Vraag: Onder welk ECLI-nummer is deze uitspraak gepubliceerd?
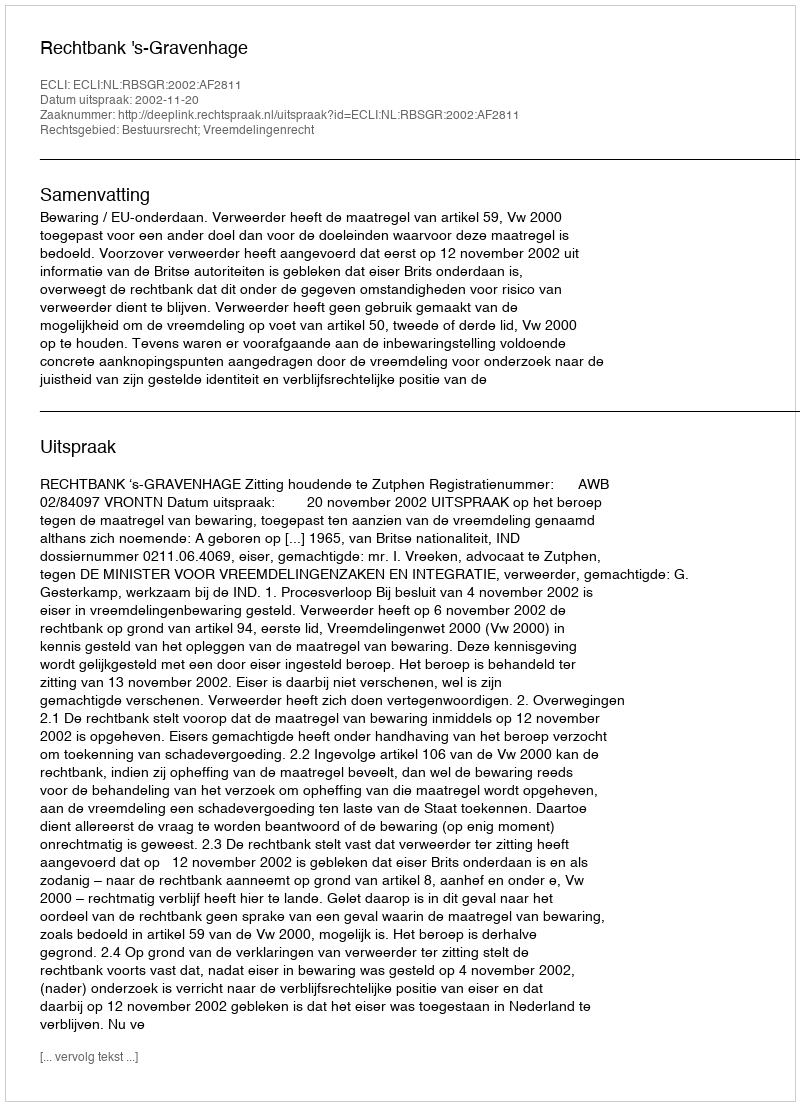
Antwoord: ECLI:NL:RBSGR:2002:AF2811